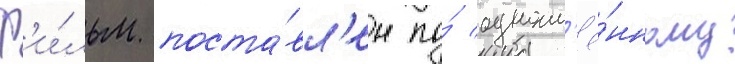
Ф'и́льм поста́вл'ен по́ одноим'ё́нному